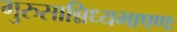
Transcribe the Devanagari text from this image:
गुरुसान्निध्यभाषणः